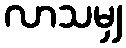
လာသမျှ